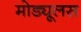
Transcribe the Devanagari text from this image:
मोड्यूलस